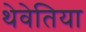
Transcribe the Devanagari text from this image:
थेवेतिया